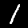
Label: 1